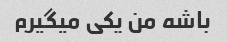
باشه من یکی میگیرم